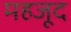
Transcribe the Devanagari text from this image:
महजूद